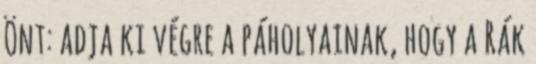
Önt: adja ki végre a páholyainak, hogy a Rák